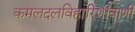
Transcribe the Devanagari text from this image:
कमलदलविहारिणीवाणी